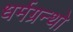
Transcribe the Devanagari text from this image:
धर्मग्रन्थो